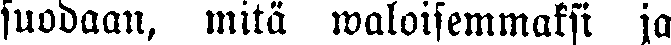
suodaan, mitä waloisemmaksi ja